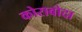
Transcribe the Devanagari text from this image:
कोराबोदा